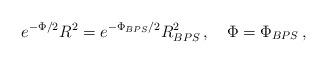
LaTeX: \begin{align*}e^{-\Phi/2} R^2 = e^{-\Phi_{BPS}/2} R^2_{BPS}\,, \quad \Phi = \Phi_{BPS}\,, \end{align*}